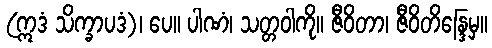
(ဣဒံ သိက္ခာပဒံ)၊ ပေ။ ပါဏံ၊ သတ္တဝါကို။ ဇီဝိတာ၊ ဇီဝိတိန္ဒြေမှ။